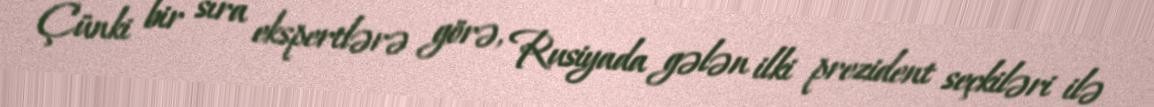
Çünki bir sıra ekspertlərə görə, Rusiyada gələn ilki prezident seçkiləri ilə